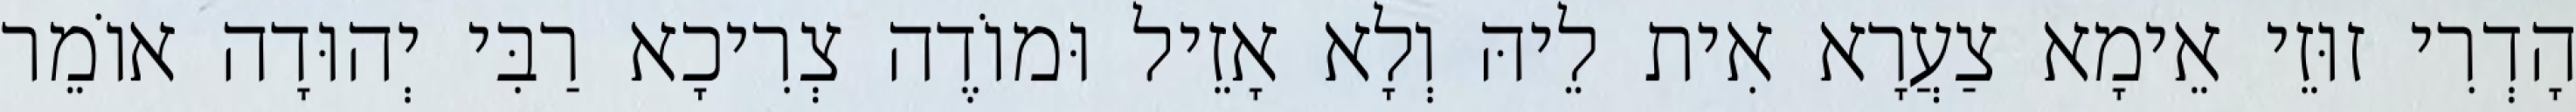
הָדְרִי זוּזֵי אֵימָא צַעֲרָא אִית לֵיהּ וְלָא אָזֵיל וּמוֹדֶה צְרִיכָא רַבִּי יְהוּדָה אוֹמֵר